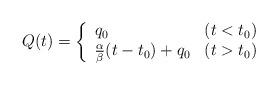
LaTeX: \begin{align*}Q(t)=\left\{\begin{array}{ll}q_{0} & (t<t_{0})\\\frac{\alpha}{\beta}(t-t_{0})+q_{0} & (t>t_{0})\end{array}\right.\end{align*}